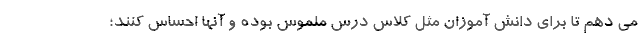
می دهم تا برای دانش آموزان مثل کلاس درس ملموس بوده و آنها احساس کنند؛